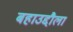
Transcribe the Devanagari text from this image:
बहाउद्दौला